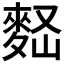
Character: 𪌠